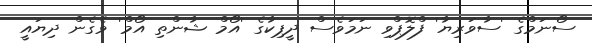
ސޯނަމްގެ 'ސާވަރިޔާ' ފްލޮޕްވި ނަމަވެސް ދީޕިކާގެ 'އޯމް ޝާންތި އޯމް' ވެގެން ދިޔައީ